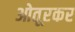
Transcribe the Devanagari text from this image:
ओतूरकर